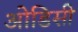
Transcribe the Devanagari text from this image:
आेडिसी